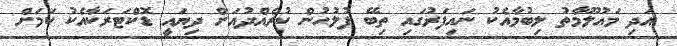
އަދި މައުލޫމާތު ލިބުމާއެކު ނައިފަރުގައި ތިބޭ ފުލުހުން ކުރެއްދުއަށް ދިޔައީ ޑޮކްޓަރަކާއެކު ކަމަށް